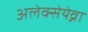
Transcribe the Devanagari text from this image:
अलेक्सेयेव्ना